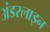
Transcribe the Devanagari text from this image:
अंडरलाइन